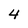
Character: 4